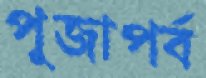
পূজাপর্ব